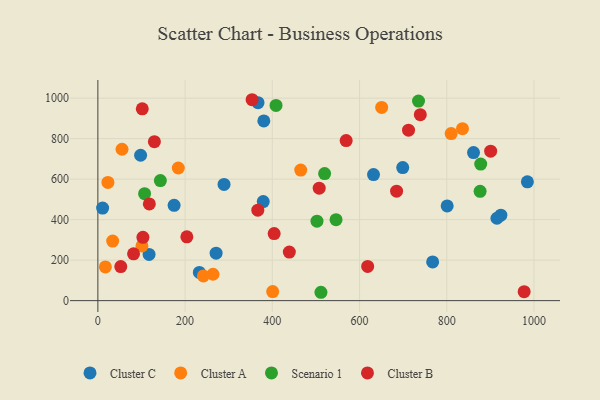
{"axis": {"x": "Engine Size", "y": "Exam Score"}, "legend": ["Cluster A", "Cluster B", "Cluster C", "Scenario 1"], "data": [{"x": "380.5", "y": 887.7, "type": "Cluster C"}, {"x": "117.4", "y": 228.3, "type": "Cluster C"}, {"x": "289.3", "y": 573.8, "type": "Cluster C"}, {"x": "699.0", "y": 657.0, "type": "Cluster C"}, {"x": "924.0", "y": 421.9, "type": "Cluster C"}, {"x": "767.6", "y": 191.2, "type": "Cluster C"}, {"x": "632.0", "y": 622.6, "type": "Cluster C"}, {"x": "367.2", "y": 977.5, "type": "Cluster C"}, {"x": "98.0", "y": 718.0, "type": "Cluster C"}, {"x": "984.8", "y": 586.9, "type": "Cluster C"}, {"x": "232.7", "y": 139.1, "type": "Cluster C"}, {"x": "861.3", "y": 731.1, "type": "Cluster C"}, {"x": "379.2", "y": 489.4, "type": "Cluster C"}, {"x": "915.0", "y": 406.9, "type": "Cluster C"}, {"x": "10.9", "y": 457.2, "type": "Cluster C"}, {"x": "174.8", "y": 470.5, "type": "Cluster C"}, {"x": "800.9", "y": 467.8, "type": "Cluster C"}, {"x": "271.1", "y": 234.5, "type": "Cluster C"}, {"x": "810.0", "y": 825.1, "type": "Cluster A"}, {"x": "101.1", "y": 270.2, "type": "Cluster A"}, {"x": "400.8", "y": 45.0, "type": "Cluster A"}, {"x": "650.7", "y": 954.2, "type": "Cluster A"}, {"x": "33.9", "y": 294.0, "type": "Cluster A"}, {"x": "17.2", "y": 166.3, "type": "Cluster A"}, {"x": "264.0", "y": 130.2, "type": "Cluster A"}, {"x": "241.9", "y": 121.9, "type": "Cluster A"}, {"x": "836.0", "y": 849.2, "type": "Cluster A"}, {"x": "465.1", "y": 644.7, "type": "Cluster A"}, {"x": "184.4", "y": 655.0, "type": "Cluster A"}, {"x": "55.4", "y": 747.6, "type": "Cluster A"}, {"x": "23.0", "y": 583.8, "type": "Cluster A"}, {"x": "502.4", "y": 392.6, "type": "Scenario 1"}, {"x": "546.1", "y": 399.6, "type": "Scenario 1"}, {"x": "511.5", "y": 41.3, "type": "Scenario 1"}, {"x": "876.4", "y": 540.0, "type": "Scenario 1"}, {"x": "408.5", "y": 964.0, "type": "Scenario 1"}, {"x": "143.3", "y": 593.1, "type": "Scenario 1"}, {"x": "877.8", "y": 674.5, "type": "Scenario 1"}, {"x": "735.2", "y": 985.7, "type": "Scenario 1"}, {"x": "107.1", "y": 528.3, "type": "Scenario 1"}, {"x": "519.9", "y": 627.7, "type": "Scenario 1"}, {"x": "712.3", "y": 842.0, "type": "Cluster B"}, {"x": "739.3", "y": 918.4, "type": "Cluster B"}, {"x": "366.7", "y": 446.7, "type": "Cluster B"}, {"x": "101.8", "y": 947.3, "type": "Cluster B"}, {"x": "507.5", "y": 555.4, "type": "Cluster B"}, {"x": "684.9", "y": 540.8, "type": "Cluster B"}, {"x": "569.3", "y": 790.5, "type": "Cluster B"}, {"x": "900.6", "y": 738.3, "type": "Cluster B"}, {"x": "103.3", "y": 312.7, "type": "Cluster B"}, {"x": "353.6", "y": 992.2, "type": "Cluster B"}, {"x": "118.0", "y": 477.6, "type": "Cluster B"}, {"x": "404.2", "y": 331.0, "type": "Cluster B"}, {"x": "204.0", "y": 315.1, "type": "Cluster B"}, {"x": "977.4", "y": 44.2, "type": "Cluster B"}, {"x": "129.6", "y": 785.2, "type": "Cluster B"}, {"x": "52.5", "y": 168.1, "type": "Cluster B"}, {"x": "439.0", "y": 240.0, "type": "Cluster B"}, {"x": "618.6", "y": 169.1, "type": "Cluster B"}, {"x": "81.8", "y": 231.0, "type": "Cluster B"}]}